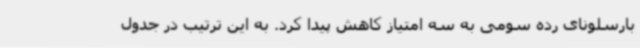
بارسلونای رده سومی به سه امتیاز کاهش پیدا کرد. به این ترتیب در جدول